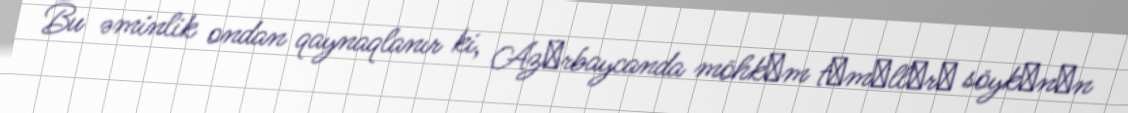
Bu əminlik ondan qaynaqlanır ki, Azәrbaycanda möhkәm tәmәllәrә söykәnәn